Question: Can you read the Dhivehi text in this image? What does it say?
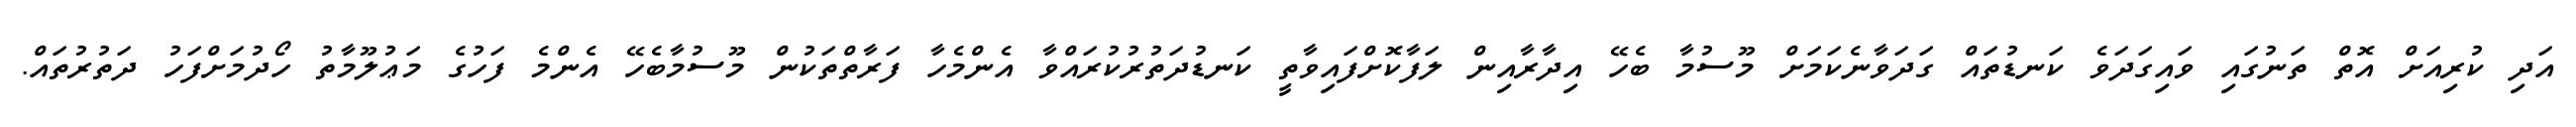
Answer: އަދި ކުރިއަށް އޮތް ތަނުގައި ވައިގަދަވެ ކަނޑުތައް ގަދަވާނެކަމަށް މޫސުމާ ބެހޭ އިދާރާއިން ލަފާކޮށްފައިވާތީ ކަނޑުދަތުރުކުރައްވާ އެންމެހާ ފަރާތްތަކުން މޫސުމާބެހޭ އެންމެ ފަހުގެ މަޢުލޫމާތު ހޯދުމަށްފަހު ދަތުރުތައް.